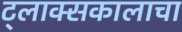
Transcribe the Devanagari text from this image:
ट्लाक्सकालाचा